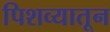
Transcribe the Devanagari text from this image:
पिशव्यातून